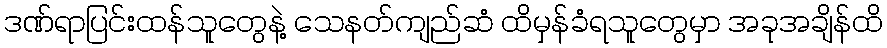
ဒဏ်ရာပြင်းထန်သူတွေနဲ့ သေနတ်ကျည်ဆံ ထိမှန်ခံရသူတွေမှာ အခုအချိန်ထိ